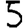
Digit: 5